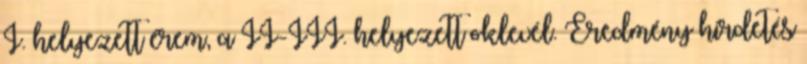
I. helyezett érem, a II-III. helyezett oklevél. Eredmény hirdetés